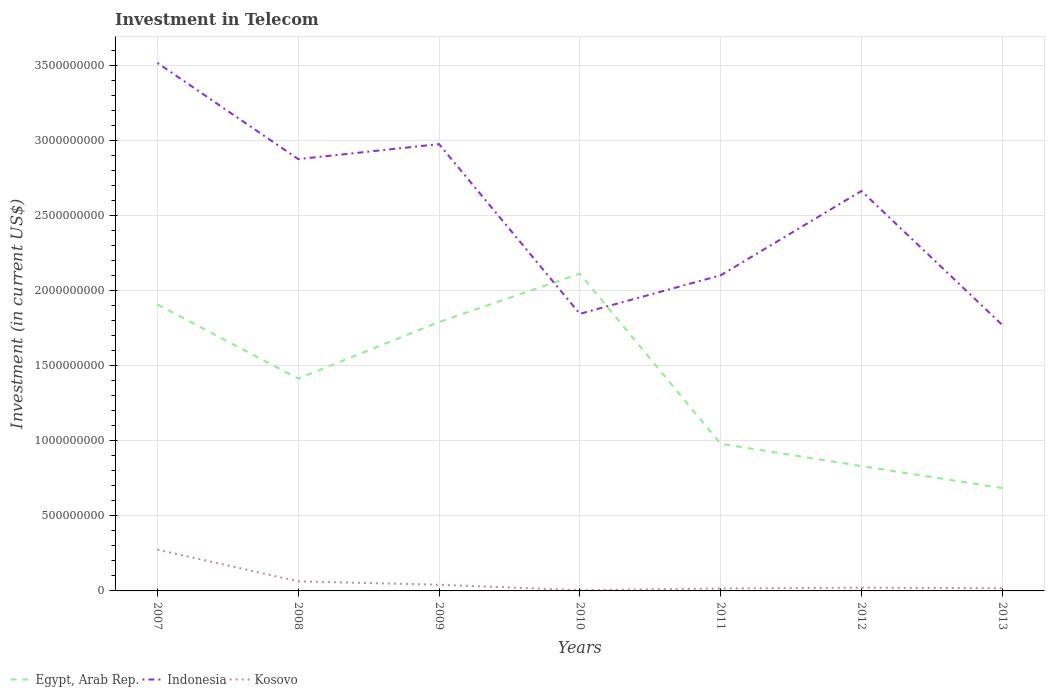
| Years | Egypt, Arab Rep. | Indonesia | Kosovo |
 | --- | --- | --- | --- |
 | 2007 | 1.91e+09 | 3.52e+09 | 2.75e+08 |
 | 2008 | 1.41e+09 | 2.88e+09 | 6.4e+07 |
 | 2009 | 1.79e+09 | 2.98e+09 | 4.1e+07 |
 | 2010 | 2.11e+09 | 1.85e+09 | 5.1e+06 |
 | 2011 | 9.8e+08 | 2.1e+09 | 1.62e+07 |
 | 2012 | 8.32e+08 | 2.66e+09 | 2.2e+07 |
 | 2013 | 6.85e+08 | 1.77e+09 | 1.78e+07 |